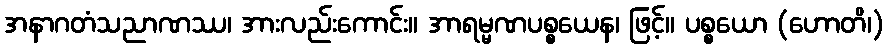
အနာဂတံသညာဏဿ၊ အားလည်းကောင်း။ အာရမ္မဏပစ္စယေန၊ ဖြင့်။ ပစ္စယော (ဟောတိ၊)